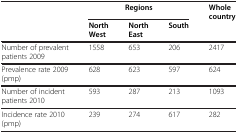
|  | <COLSPAN=3> Regions | Whole country |
 |  | North West | North East | South |  |
 | --- | --- | --- | --- | --- |
 | Number of prevalent patients 2009 | 1558 | 653 | 206 | 2417 |
 | Prevalence rate 2009 (pmp) | 628 | 623 | 597 | 624 |
 | Number of incident patients 2010 | 593 | 287 | 213 | 1093 |
 | Incidence rate 2010 (pmp) | 239 | 274 | 617 | 282 |